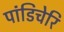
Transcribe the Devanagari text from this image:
पांडिचेरि